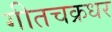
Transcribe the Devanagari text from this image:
गीतचक्रधर